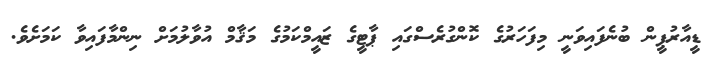
ޑީއާރުޕީން ބުނެފައިވަނީ މިފަހަރުގެ ކޮންގުރެސްގައި ޕާޓީގެ ޒައީމްކަމުގެ މަޤާމް އުވާލުމަށް ނިންމާފައިވާ ކަމަށެވެ.